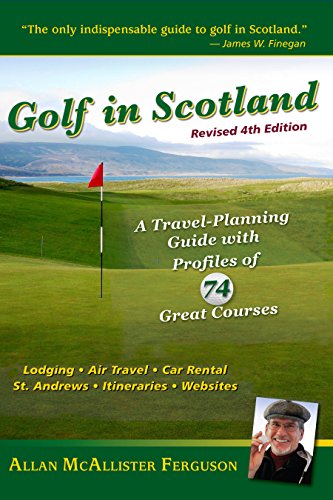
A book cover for Golf in Scotland: A Travel-Planning Guide with Profiles of 74 Great Courses; Allan McAllister Ferguson; Travel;